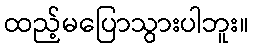
ထည့်မပြောသွားပါဘူး။